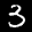
Label: 3